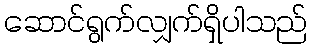
ဆောင်ရွက်လျှက်ရှိပါသည်